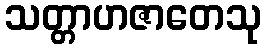
သတ္တာဟဇာတေသု